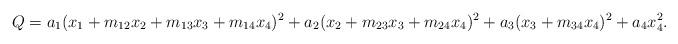
LaTeX: \begin{align*}Q = a_{1} (x_{1} + m_{12} x_{2} + m_{13} x_{3} + m_{14} x_{4})^{2}+ a_{2} (x_{2} + m_{23} x_{3} + m_{24} x_{4})^{2} + a_{3} (x_{3} + m_{34} x_{4})^{2}+ a_{4} x_{4}^{2}.\end{align*}